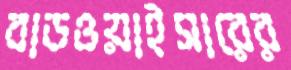
বাডওয়াইসারের